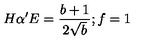
H \alpha ^ { \prime } E = \frac { b + 1 } { 2 \sqrt { b } } ; f = 1